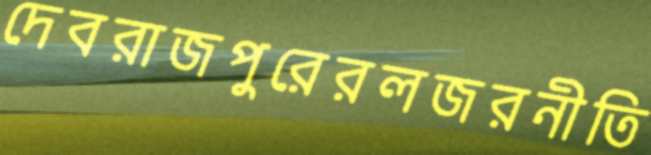
দেবরাজপুরেরলজরনীতি